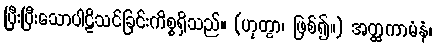
ပြီးပြီးသောပါဠိသင်ခြင်းကိစ္စရှိသည်။ (ဟုတွာ၊ ဖြစ်၍။) အတ္ထကာမံနံ၊